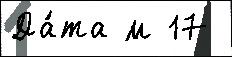
Да́та м 17